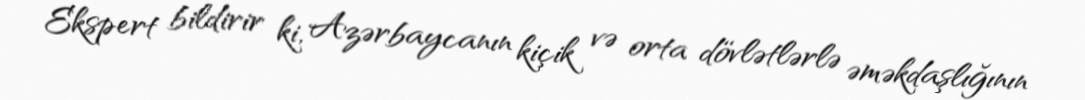
Ekspert bildirir ki, Azərbaycanın kiçik və orta dövlətlərlə əməkdaşlığının